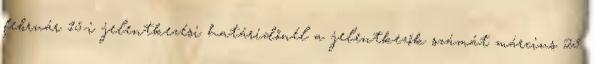
február 15-i jelentkezési határidőnél a jelentkezők számát március 25.